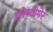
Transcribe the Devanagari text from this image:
इलेस्टोमेर